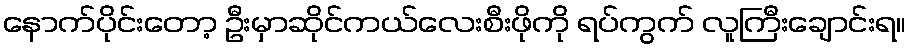
နောက်ပိုင်းတော့ ဦးမှာဆိုင်ကယ်လေးစီးဖိုကို ရပ်ကွက် လူကြီးချောင်းရ။